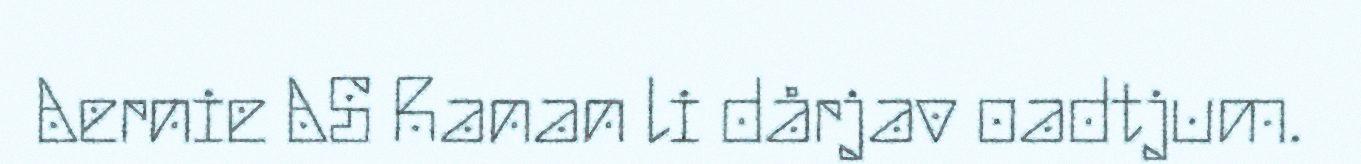
Aernie AS Ranan li dårjav oadtjum.